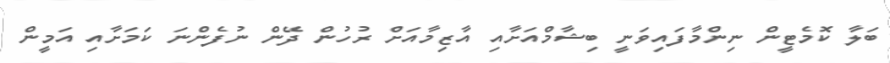
ބަލާ ކޮމެޓީން ނިންމާފައިވަނީ ބިޝާމްއަށާއި އާޒިމާއަށް ރުހުން ދޭން ނުފެންނަ ކަމަށާއި އަމީން